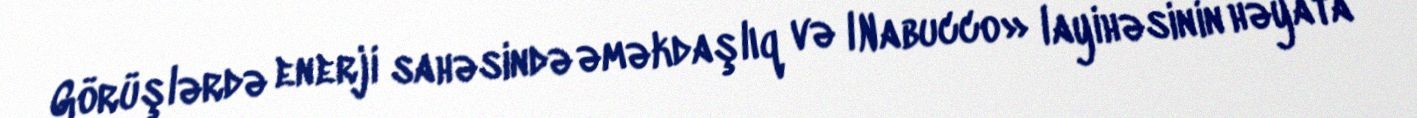
Görüşlərdə enerji sahəsində əməkdaşlıq və lNabucco» layihəsinin həyata